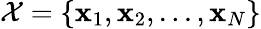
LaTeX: \mathcal{X}=\{ \mathbf{x}_{1},\mathbf{x}_{2},...,\mathbf{x}_{N}\}